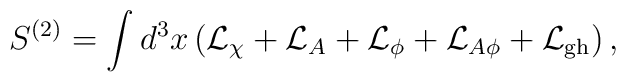
S^{(2)}=\int d^3x \left( {\cal L}_{\chi}+       {\cal L}_{A}+ {\cal L}_{\phi}       +{\cal L}_{A \phi}+{\cal L}_{\rm gh} \right),